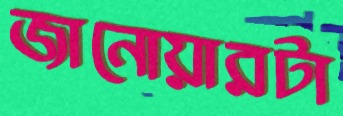
জানোয়ারটা